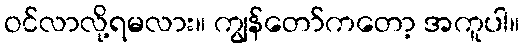
ဝင်လာလို့ရမလား။ ကျွန်တော်ကတော့ အကူပါ။